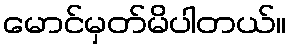
မောင်မှတ်မိပါတယ်။